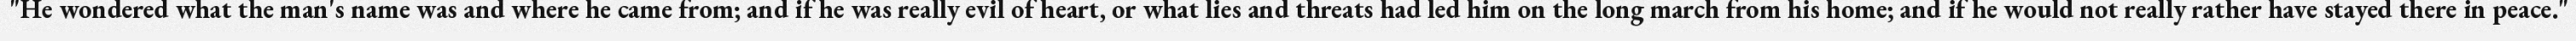
"He wondered what the man's name was and where he came from; and if he was really evil of heart, or what lies and threats had led him on the long march from his home; and if he would not really rather have stayed there in peace."